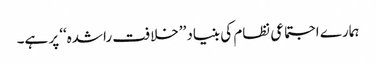
ہمارے اجتماعی نظام کی بنیاد ’’خلافت راشدہ‘‘ پر ہے۔